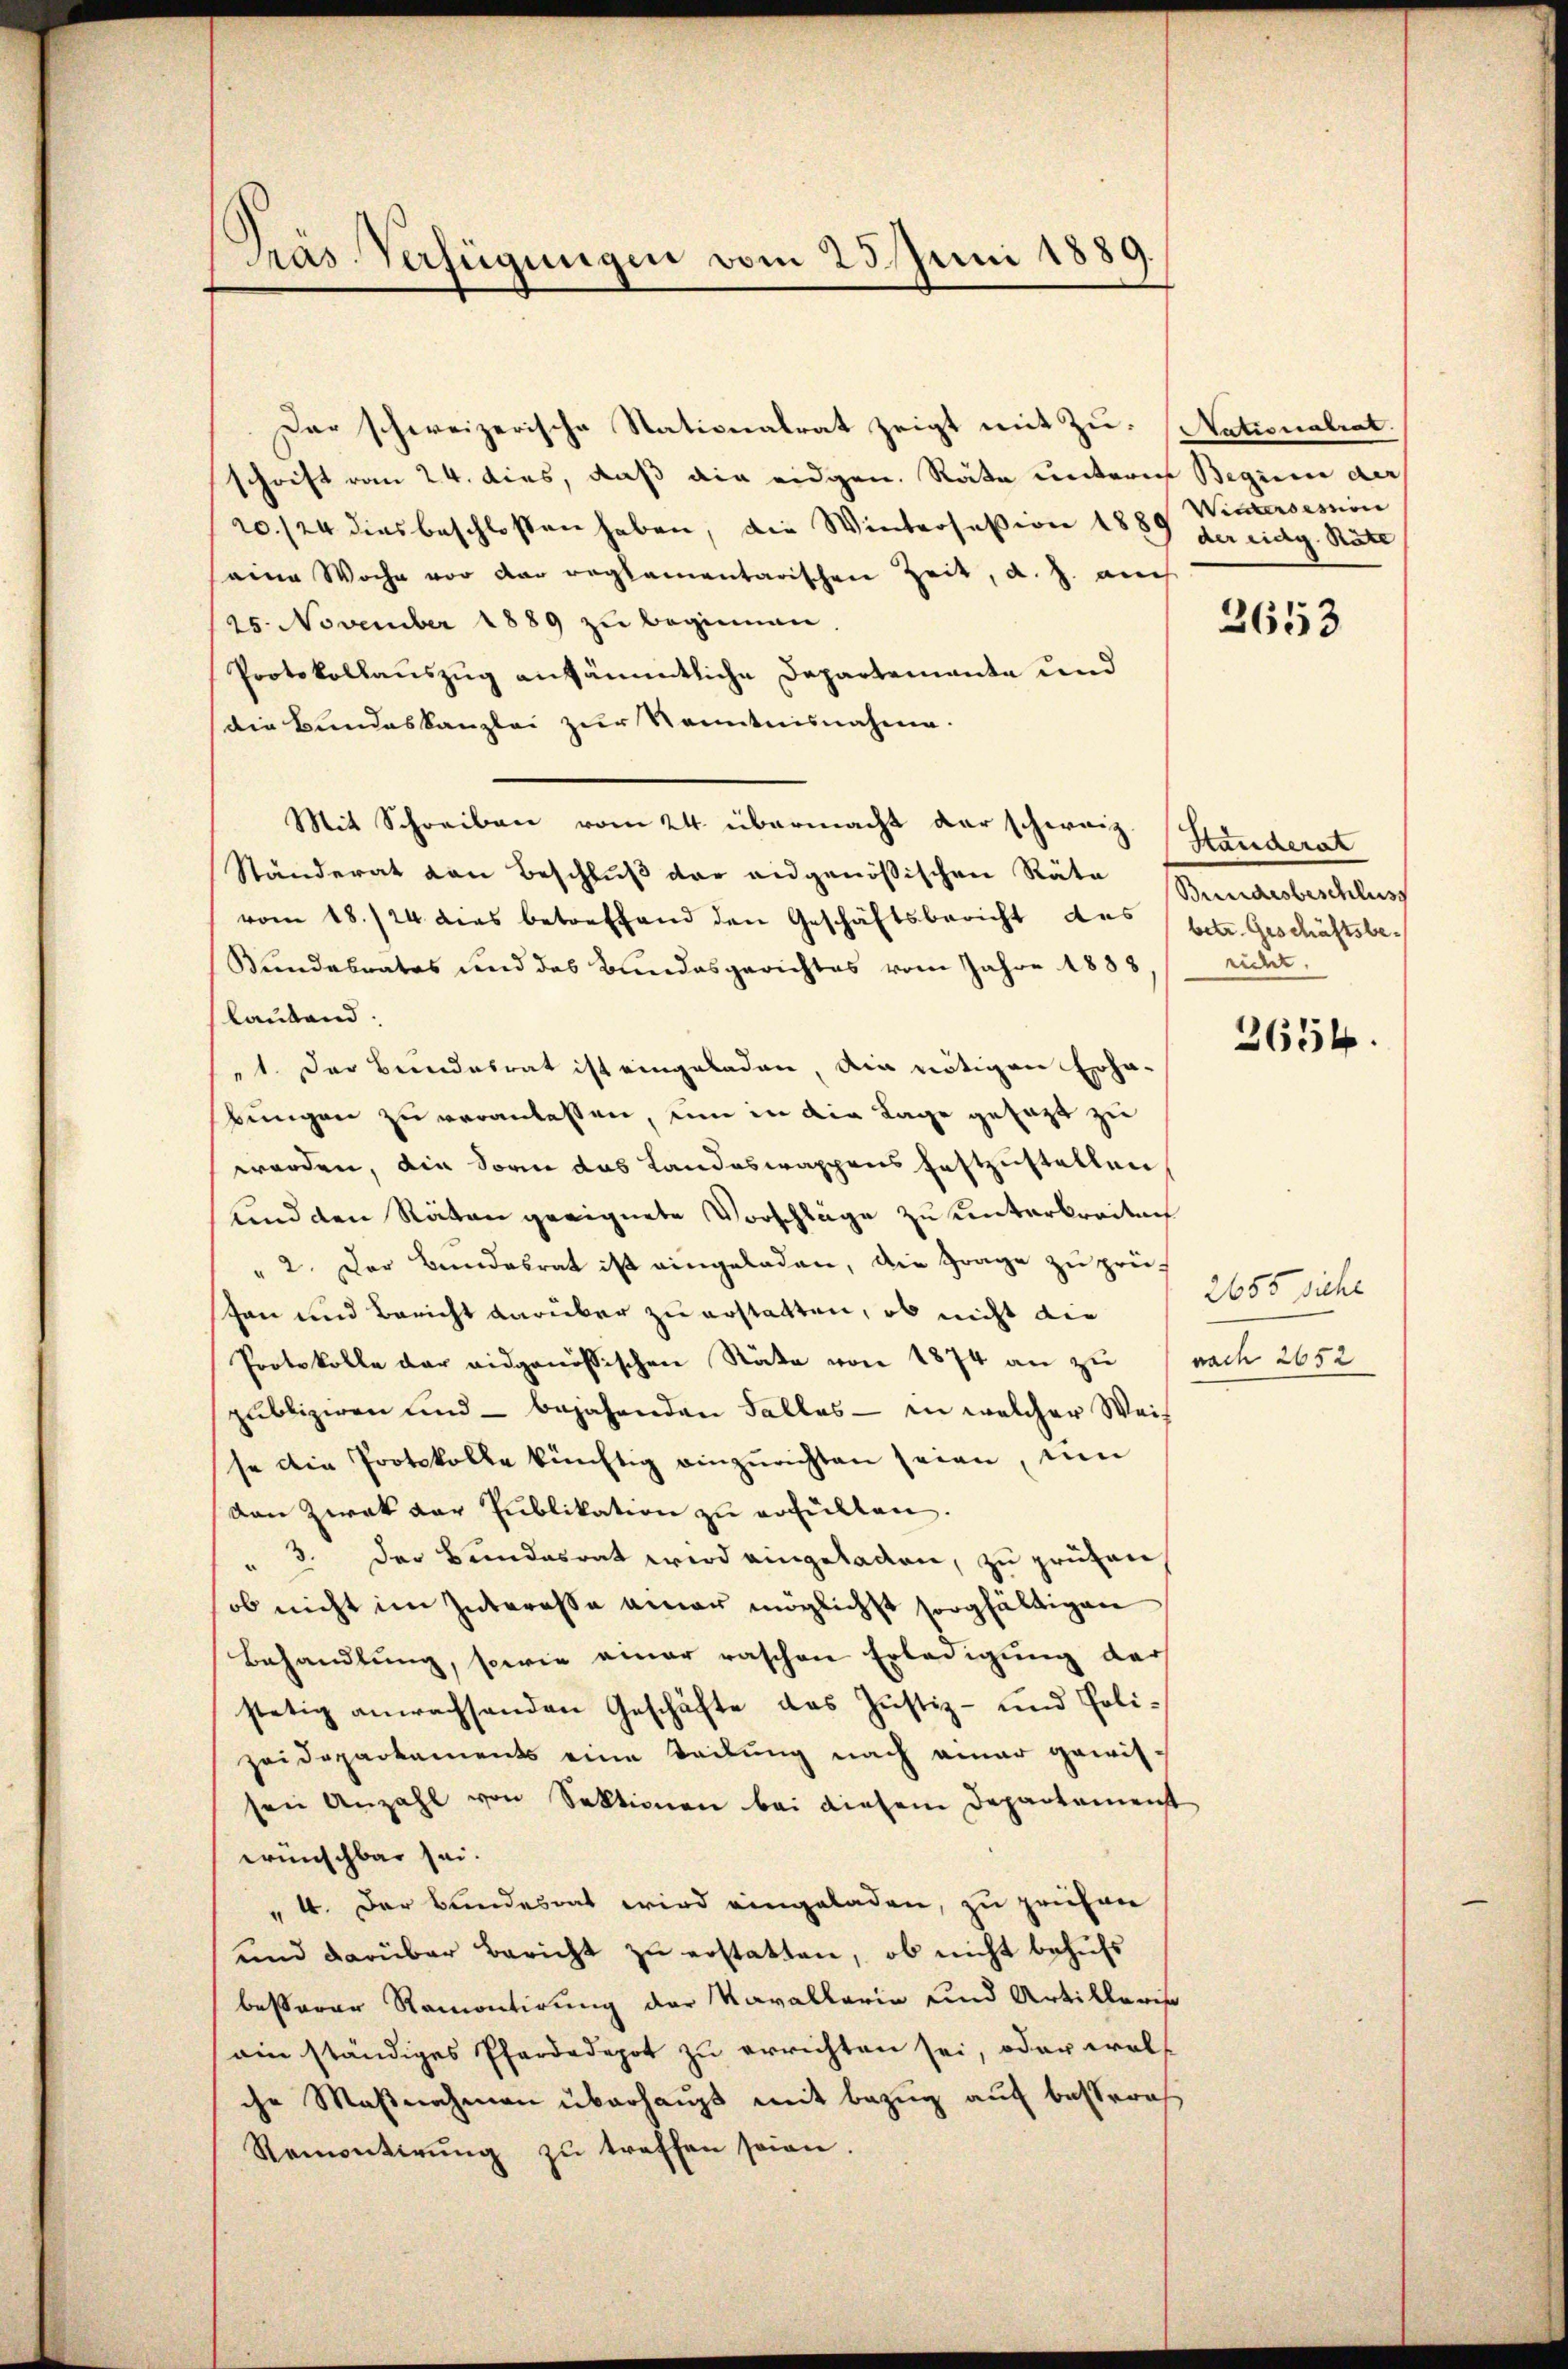
Pras Verfügungen vom 23. Juni 1889.

Der schweizerische Stationalrat zeigt mit zu. Nationalrat.
schrift vom 24. dies, daß die eidgen. Räte unterm Beginn der
20./24 dies beschlossen haben, die Wintersasion 1889 der eidg. Räte
eine Woche vor der reglementarischen Zeit, d. J. auch
25. November 1889 zu beginnen,
Protokollauszug ansämmtliche Departemente und
die Bundeskanzlei zur Kenntnisnahme.
Mit Schreiben vom 24. übermacht der schweiz.
Ständerat von Beschluß der eidgenößischen Räte Bundesbeschluss
vom 18./24. dies betreffend den Geschäftsbericht des (betr. Geschäftsbe¬
Bundesrates und das Bundesgerichtes vom Jahre 1888
lautend:
1. Der Bundesrat ist eingeladen, die nötigen Erha-
bungen zu veranlassen, um in die Lage gesagt zu
worden, die Sonne das Landaswappens festzustellen
uind den Räten geeignete Vorschläge zu unterbreiten
" 2. Der Bundesrat ist eingeladen, die Frage zu prüf
tan und Bericht darüber zu erstatten, ob nicht die
Protokolle der eidgenössischen Räte von 1874 an zu nach 2652
publiziren und - bejahenden Falles - in welcher Weis
se die Protokolle künftig einzurichten seien, um
van Zwek der Publikation zu erfülten.
" 3. Der Bundesrat wird eingeladen, zu prüfen
ob nicht im Interesse einer möglichst sorgfältigen
Behandlung, sowie einer raschen Erledigung der
stetig anwachsenden Geschäfte das Justiz- und Polizeidepartements eine Teilung nach einer gewissen Anzahl von Sektionen bei diesem Departemenst
wünschbar sei.
" 4. Der Bundesrat wird eingeladen, zu prüfen
und darüber Bericht zu erstatten, ob nicht behufs
besserer Ramontirung der Kavallaria und Artilleris
ain ständiges Pfardadepot zu errichten sei, oder woll
che Maßnahmen überhaupt mit Bezug auf bestereß
Remontirŭng zŭ treffen seien.

Wietersessin

2653

Standerat
eider.

2654.

2655 siche